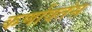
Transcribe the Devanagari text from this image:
कर्णावतंस